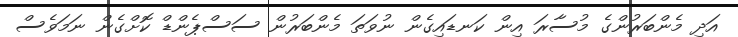
އަދި މެންބަރުންގެ މުސާރަ އިން ކަނޑައިގެން ނުވަތަ މެންބަރުން ސަސްޕެންޑް ކޮށްގެން ނަމަވެސް